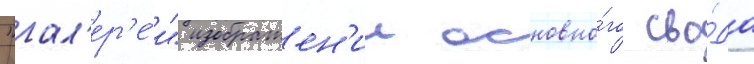
"гал'ер'е́и" изображен'ии основно́го сво́да